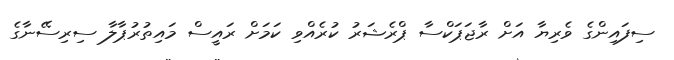
ސިފައިންގެ ވެރިޔާ އަށް ރާޖަޕަކްސާ ޕްރެޝަރު ކުރެއްވި ކަމަށް ރައީސް މައިތުރުޕާލާ ސިރިސޭނާގެ